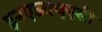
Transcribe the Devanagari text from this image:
इनएडक्यूएसी